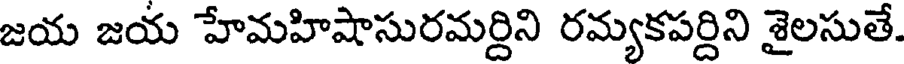
జయ జయ హేమహిషాసురమర్దిని రమ్యకపర్దిని శైలసుతే.